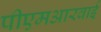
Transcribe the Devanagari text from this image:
पीएमआरवाई